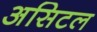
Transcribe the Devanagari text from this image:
असिटल